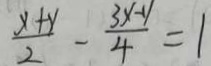
\frac { x + y } { 2 } - \frac { 3 x - 1 } { 4 } = 1